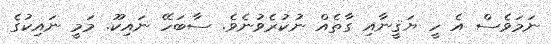
ނަމަވެސް އެ ހީ ޔަޤީނާއި ގާތެއް ނުކުރެވުނެވެ. ސާބަހޭ ނައިކޫ. މަމީ ނައިކުގެ